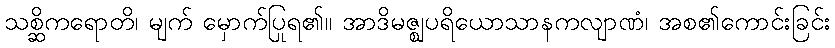
သစ္ဆိကရောတိ၊ မျက် မှောက်ပြုရ၏။ အာဒိမဇ္ဈပရိယောသာနကလျာဏံ၊ အစ၏ကောင်းခြင်း